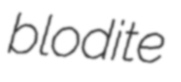
blodite